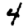
Digit: 4